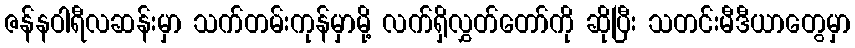
ဇန်နဝါရီလဆန်းမှာ သက်တမ်းကုန်မှာမို့ လက်ရှိလွှတ်တော်ကို ဆိုပြီး သတင်းမီဒီယာတွေမှာ